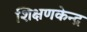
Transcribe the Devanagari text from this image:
शिक्षणकेन्द्र